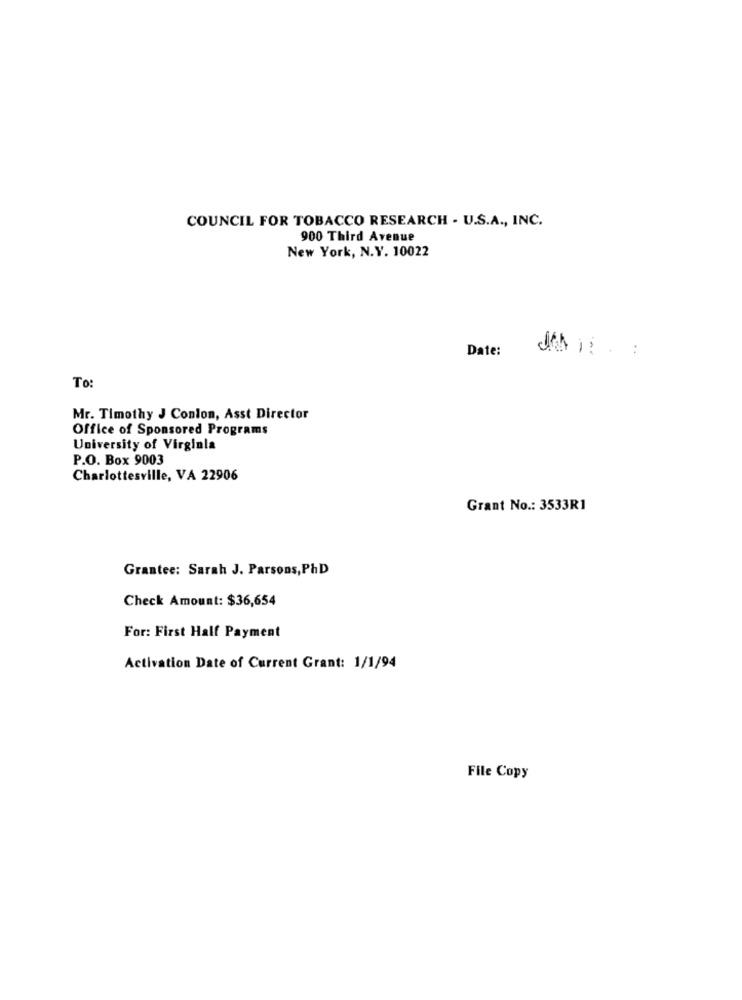
COUNCIL FOR TOBACCO RESEARCH - U.S.A ., INC.
900 Third Avenue
New York, N.Y. 10022
Date:
..
To:
Mr. Timothy J Conlon, Asst Director
Office of Sponsored Programs
University of Virginia
P.O. Box 9003
Charlottesville, VA 22906
Grant No .: 3533R1
Grantee: Sarah J. Parsons,PhD
Check Amount: $36,654
For: First Half Payment
Activation Date of Current Grant: 1/1/94
File Copy